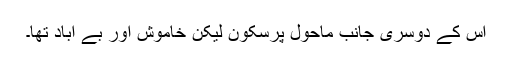
اس کے دوسری جانب ماحول پُرسکون لیکن خاموش اور بے آباد تھا۔